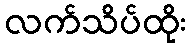
လက်သိပ်ထိုး